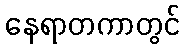
နေရာတကာတွင်